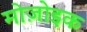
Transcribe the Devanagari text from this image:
मोज़ोइक